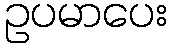
ဥပမာပေး